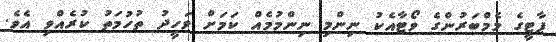
ޕާޓީގެ މެމްބަރުންގެ ވޯޓާއެކު ނިންމި ނިންމުމެއް ކަމަށް ވަހީދު ތުހުމަތު ކުރެއްވި އެވެ.